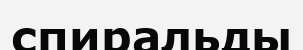
спиральды